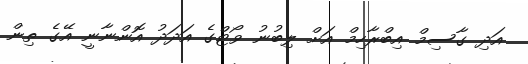
އަދި ގާސިމް އިބްރާހިމް އަށް ލިބުނު ވޯޓްގެ އަދަދު އޮންނާނީ އޭގެ ތިން